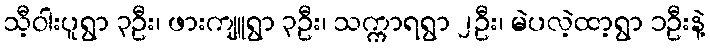
သီ့ဝါးပူရွာ ၃ဦး၊ ဖားကျူရွာ ၃ဦး၊ သက္ကာရရွာ ၂ဦး၊ မဲပလဲ့ထာ့ရွာ ၁ဦးနဲ့